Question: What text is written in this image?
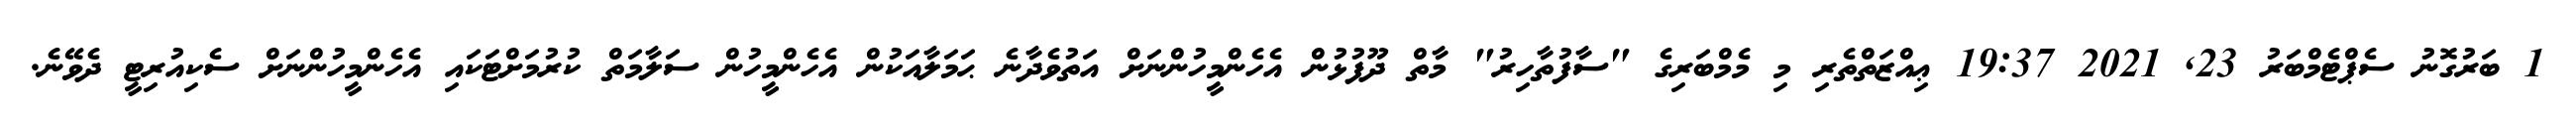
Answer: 1 ބަރުގޮނު ސެޕްޓެމްބަރު 23, 2021 19:37 ޢިއްޒަތްތެރި މި މެމްބަރިގެ "ސާފުތާހިރު" މާތް ދޫފުޅުން އެހެންމީހުންނަށް އަތުވެދާނެ ޙަމަލާއަކުން އެހެންމީހުން ސަލާމަތް ކުރުމަށްޓަކައި އެހެންމީހުންނަށް ސެކިއުރިޓީ ދެވޭނެ.